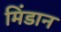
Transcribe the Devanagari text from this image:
मिंडान